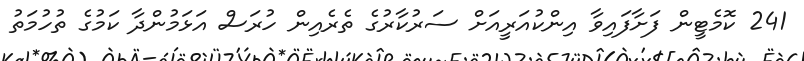
241 ކޮމެޓީން ފަށާފައިވާ އިންކުއަރީއަށް ސަރުކާރުގެ ތެރެއިން ހުރަސް އަޅަމުންދާ ކަމުގެ ތުހުމަތު